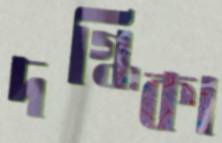
দগ্ধিকা